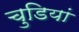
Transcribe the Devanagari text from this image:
चुडियां